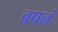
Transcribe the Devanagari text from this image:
वपनं